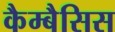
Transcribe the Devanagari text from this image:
कैम्बैसिस